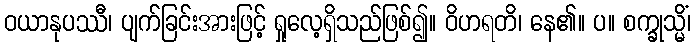
ဝယာနုပဿီ၊ ပျက်ခြင်းအားဖြင့် ရှုလေ့ရှိသည်ဖြစ်၍။ ဝိဟရတိ၊ နေ၏။ ပ။ စက္ခုသ္မိံ၊